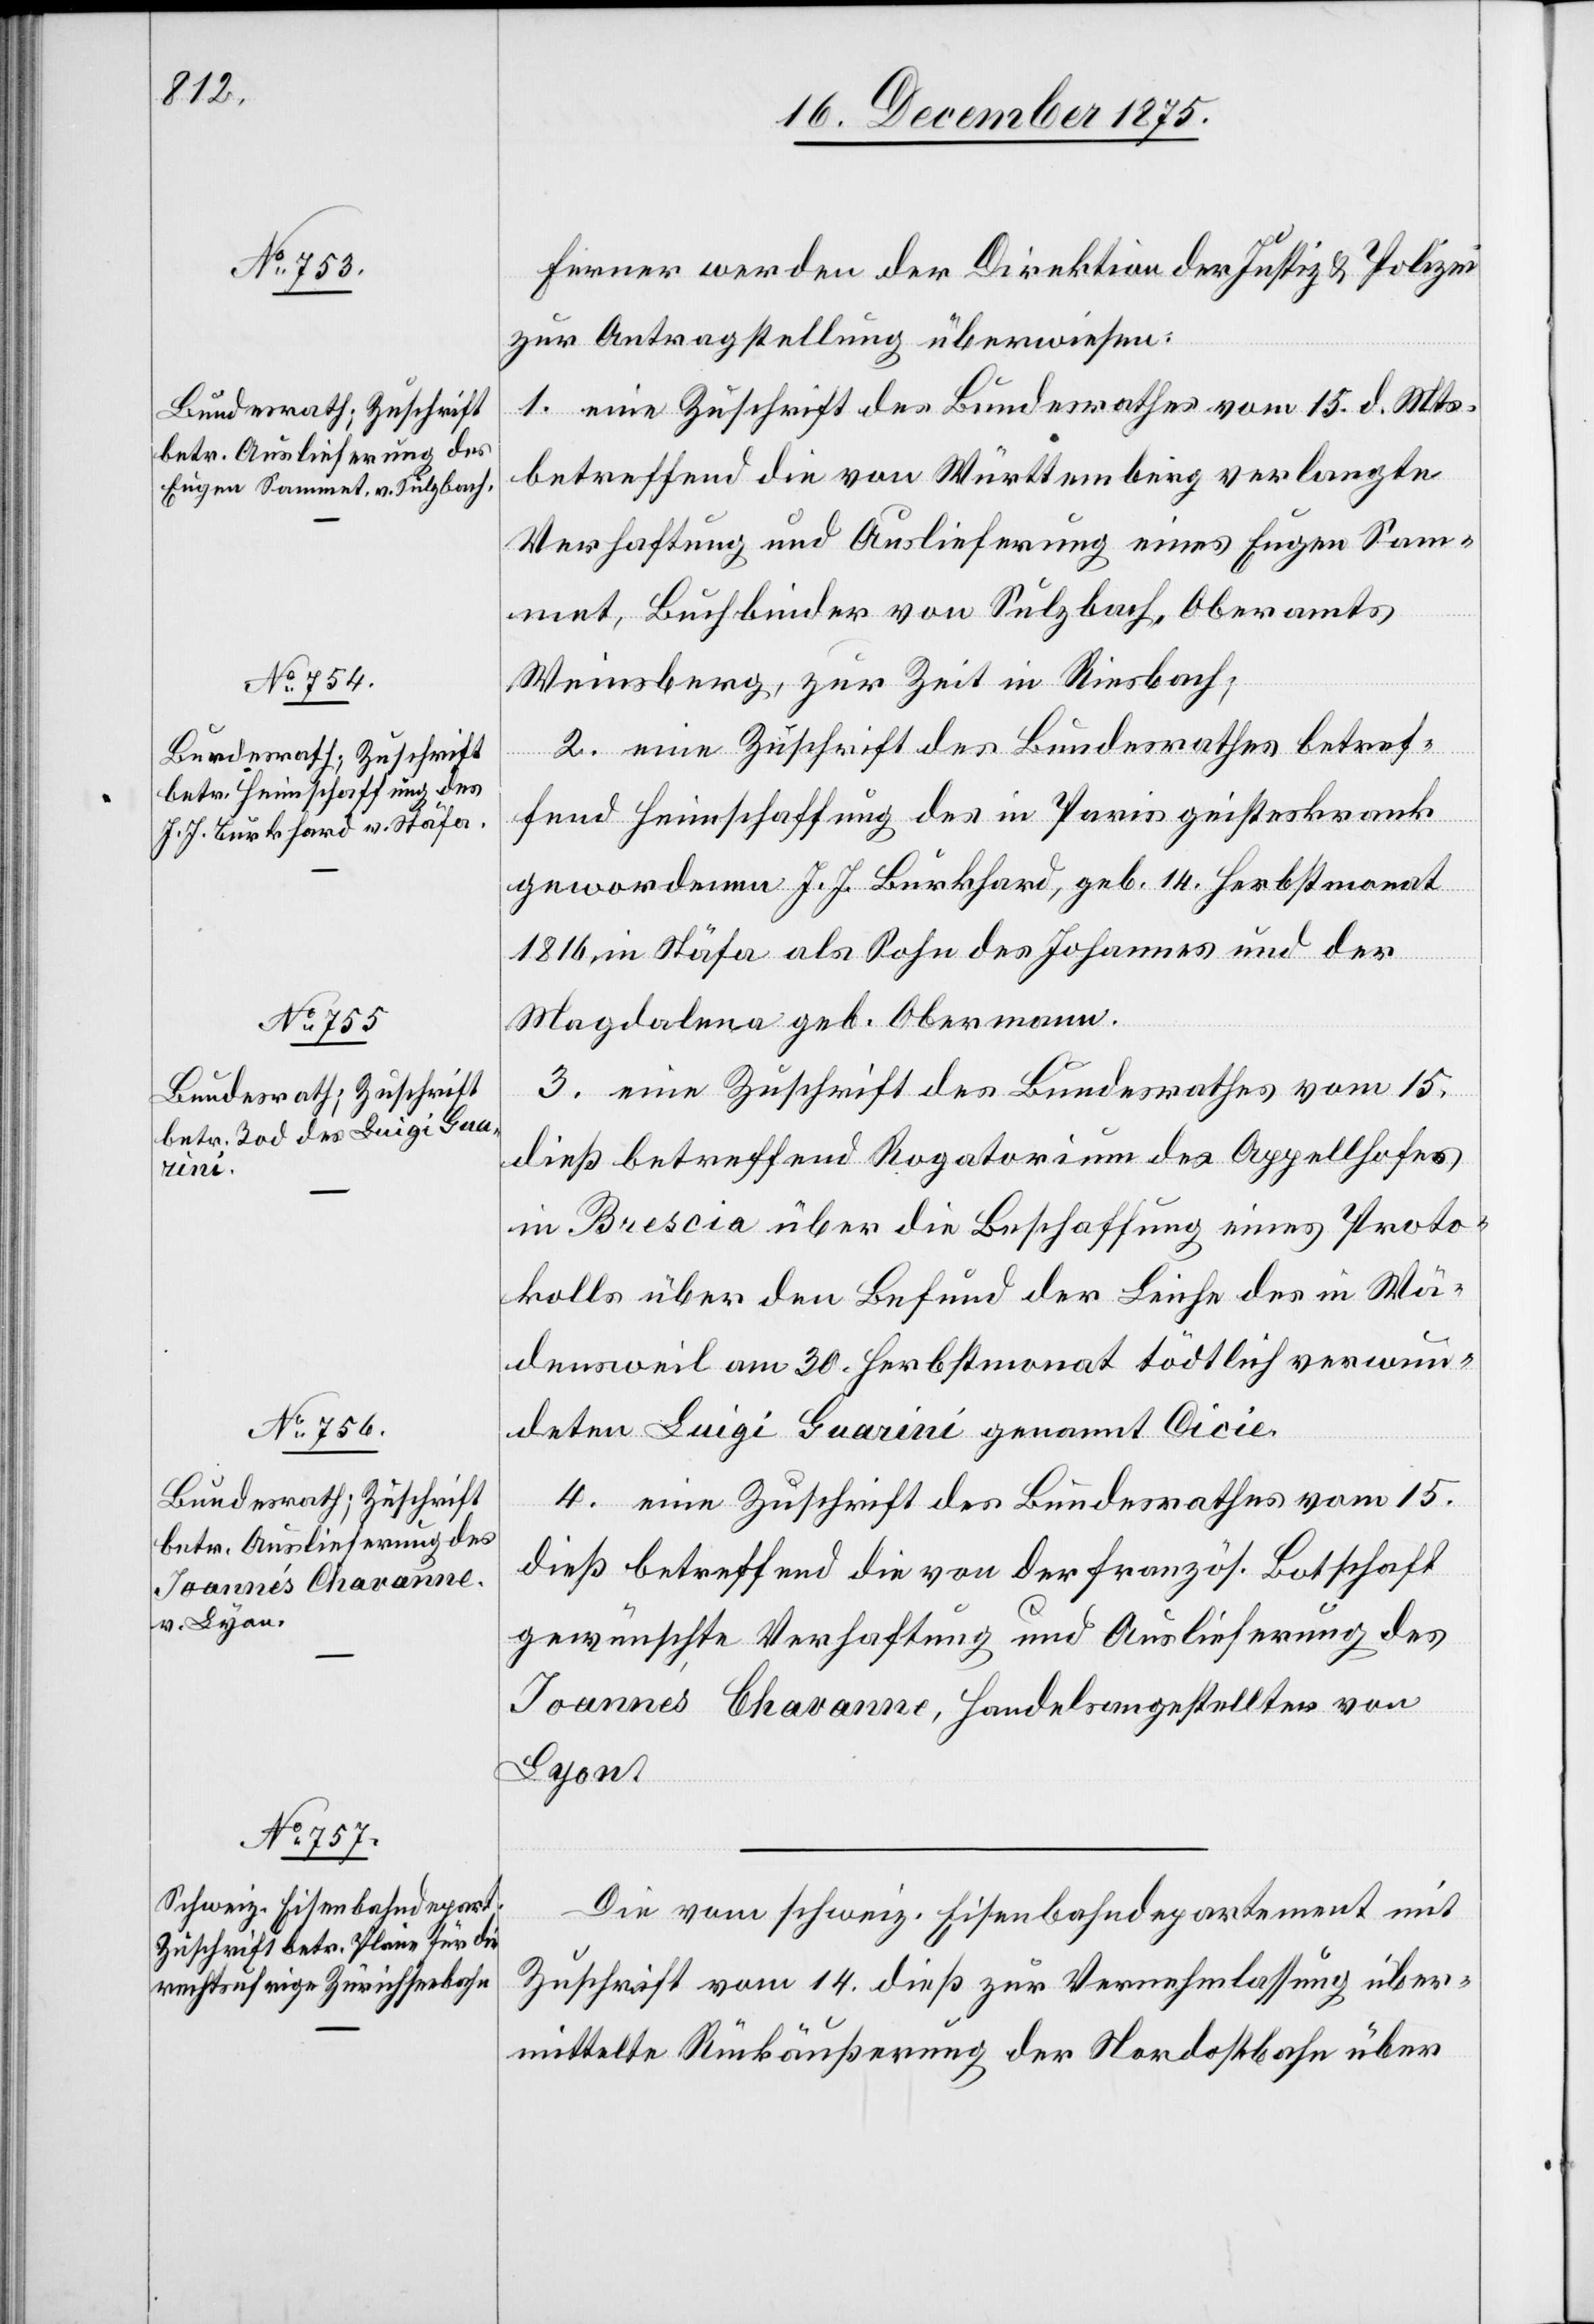
17. December 1875.]
Ferner werden der Direktion der Justiz & Polizei
zur Antragstellung überwiesen:
1. eine Zuschrift des Bundesrathes vom 15. d. Mts.
betreffend die von Württemberg verlangte
Verhaftung und Auslieferung eines Eugen Sam¬
met, Buchbinder von Sulzbach, Oberamts
Weinsberg, zur Zeit in Riesbach;
2. eine Zuschrift des Bundesrathes betref¬
fend Heimschaffung des in Paris geisteskrank
gewordenen J. J. Burkhard, geb. 14. Herbstmonat
1816, in Stäfa als Sohn des Johannes und der
Magdalena geb. Obermann.
3. eine Zuschrift des Bundesrathes vom 15.
dieß betreffend Rogatorium des Appellhofes
in Brescia über die Beschaffung eines Proto¬
kolls über den Befund der Leiche des in Wä¬
densweil am 30. Herbstmonat tödtlich verwun¬
deten Luigi Guarini genannt Cicie.
4. eine Zuschrift des Bundesrathes vom 15.
dieß betreffend die von der französ. Botschaft
gewünschte Verhaftung und Auslieferung des
Joannes Chavanne, Handelsangestellter von
Lyon.
Die vom schweiz. Eisenbahndepartement mit
Zuschrift vom 14. dieß zur Vernehmlassung über¬
mittelte Rückäußerung der Nordostbahn über